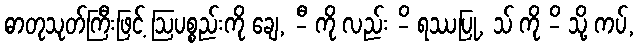
ဓာတုသုတ်ကြီးဖြင့် ဩပစ္စည်းကို ချေ, -ီ ကို လည်း -ိ ရဿပြု, သ် ကို -ိ သို့ ကပ်,